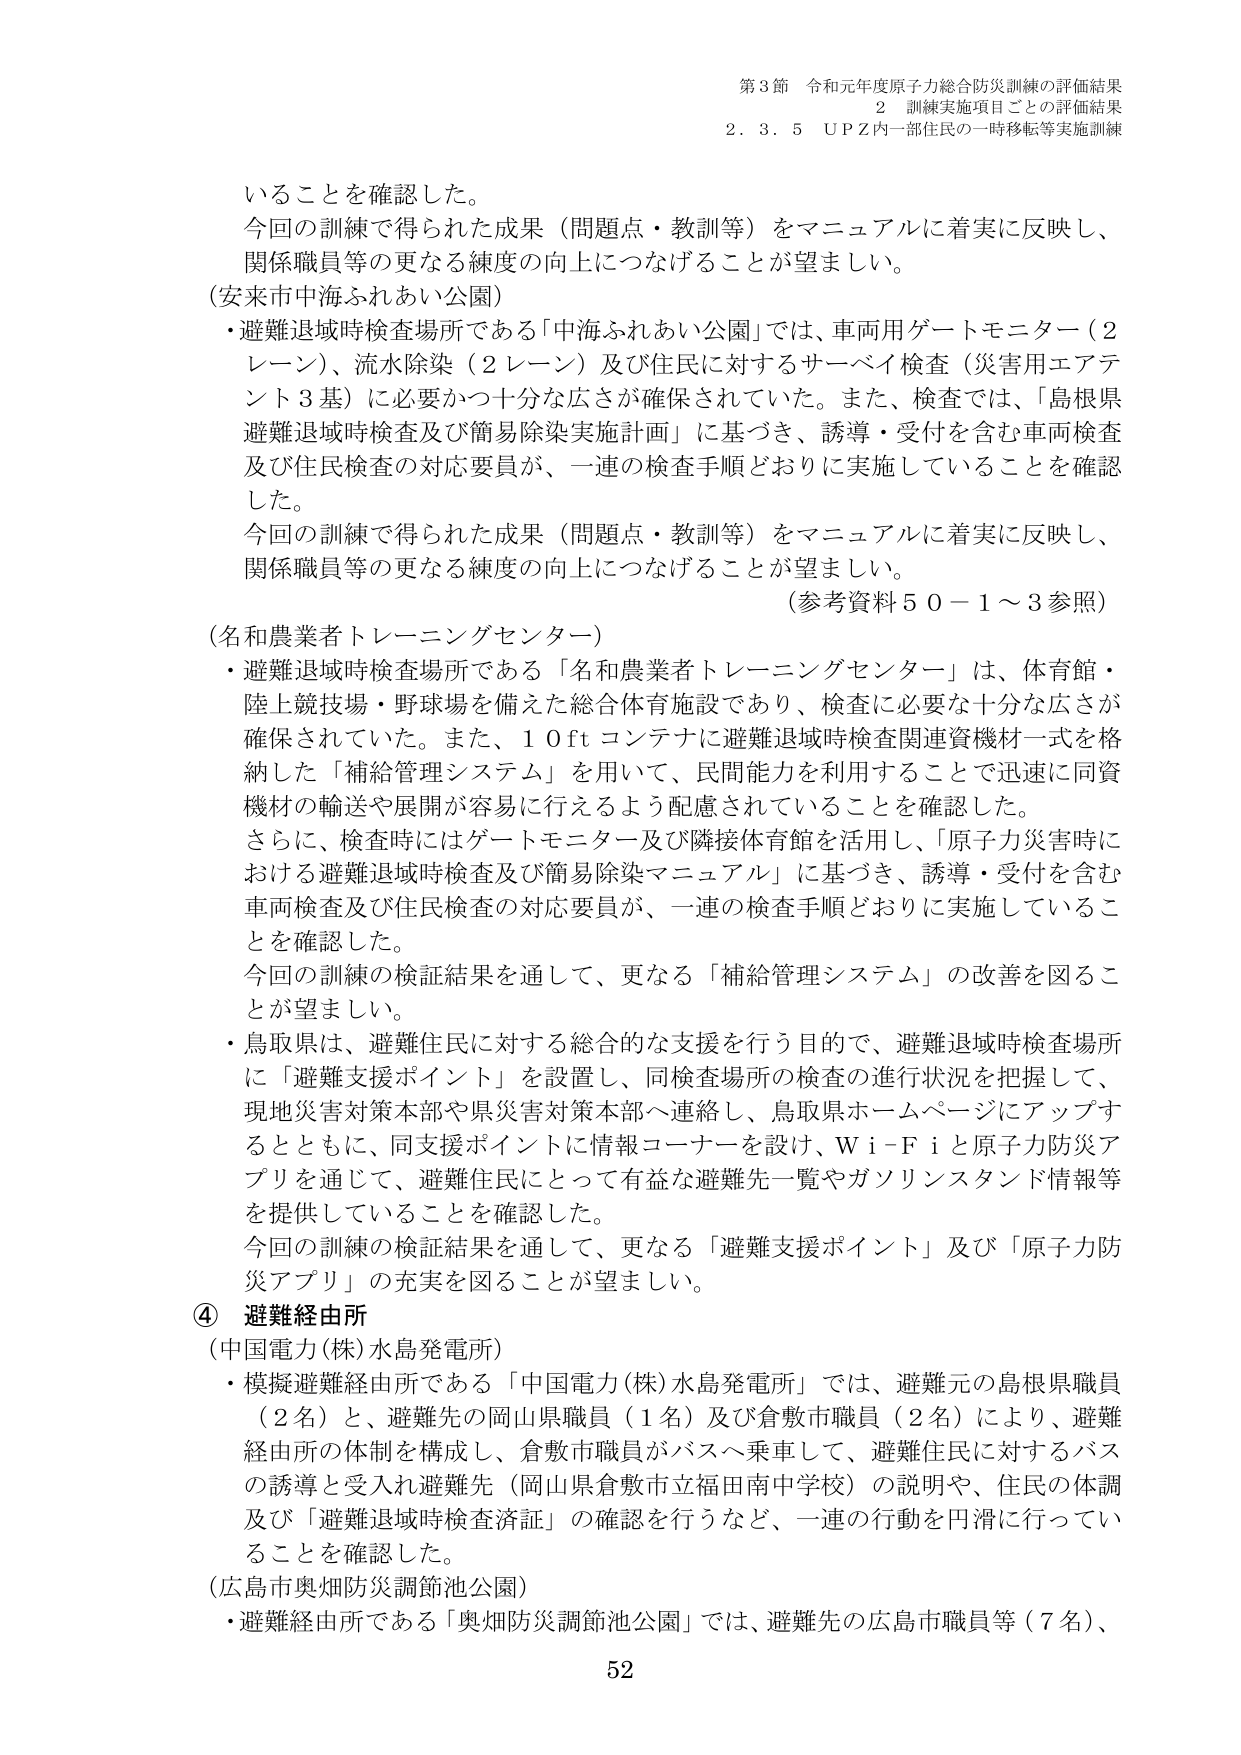
第3節 令和元年度原子力総合防災訓練の評価結果
2 訓練実施項目ごとの評価結果
2.3.5 UPZ内一部住民の一時移転等実施訓練

いることを確認した。
今回の訓練で得られた成果（問題点・教訓等）をマニュアルに着実に反映し、
関係職員等の更なる練度の向上につなげることが望ましい。
（安来市中海ふれあい公園）
・避難退域時検査場所である「中海ふれあい公園」では、車両用ゲートモニター（2
レーン）、流水除染（2レーン）及び住民に対するサーベイ検査（災害用エアテ
ント3基）に必要かつ十分な広さが確保されていた。また、検査では、「島根県
避難退域時検査及び簡易除染実施計画」に基づき、誘導・受付を含む車両検査
及び住民検査の対応要員が、一連の検査手順どおりに実施していることを確認
した。
今回の訓練で得られた成果（問題点・教訓等）をマニュアルに着実に反映し、
関係職員等の更なる練度の向上につなげることが望ましい。
（参考資料50－1～3参照）
（名和農業者トレーニングセンター）
・避難退域時検査場所である「名和農業者トレーニングセンター」は、体育館・
陸上競技場・野球場を備えた総合体育施設であり、検査に必要な十分な広さが
確保されていた。また、10ftコンテナに避難退域時検査関連資機材一式を格
納した「補給管理システム」を用いて、民間能力を利用することで迅速に同資
機材の輸送や展開が容易に行えるよう配慮されていることを確認した。
さらに、検査時にはゲートモニター及び隣接体育館を活用し、「原子力災害時に
おける避難退域時検査及び簡易除染マニュアル」に基づき、誘導・受付を含む
車両検査及び住民検査の対応要員が、一連の検査手順どおりに実施しているこ
とを確認した。
今回の訓練の検証結果を通して、更なる「補給管理システム」の改善を図るこ
とが望ましい。
・鳥取県は、避難住民に対する総合的な支援を行う目的で、避難退域時検査場所
に「避難支援ポイント」を設置し、同検査場所の検査の進行状況を把握して、
現地災害対策本部や県災害対策本部へ連絡し、鳥取県ホームページにアップす
るとともに、同支援ポイントに情報コーナーを設け、Wi-Fiと原子力防災ア
プリを通じて、避難住民にとって有益な避難先一覧やガソリンスタンド情報等
を提供していることを確認した。
今回の訓練の検証結果を通して、更なる「避難支援ポイント」及び「原子力防
災アプリ」の充実を図ることが望ましい。
④ 避難経由所
（中国電力(株)水島発電所）
・模擬避難経由所である「中国電力(株)水島発電所」では、避難元の島根県職員
（2名）と、避難先の岡山県職員（1名）及び倉敷市職員（2名）により、避難
経由所の体制を構成し、倉敷市職員がバスへ乗車して、避難住民に対するバス
の誘導と受入れ避難先（岡山県倉敷市立福田南中学校）の説明や、住民の体調
及び「避難退域時検査済証」の確認を行うなど、一連の行動を円滑に行ってい
ることを確認した。
（広島市奥畑防災調節池公園）
・避難経由所である「奥畑防災調節池公園」では、避難先の広島市職員等（7名）、

52